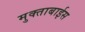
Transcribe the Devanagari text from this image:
मुक्ताबाईस